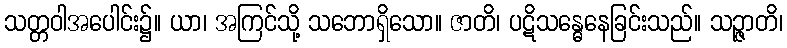
သတ္တဝါအပေါင်း၌။ ယာ၊ အကြင်သို့ သဘောရှိသော။ ဇာတိ၊ ပဋိသန္ဓေနေခြင်းသည်။ သဉ္ဇာတိ၊